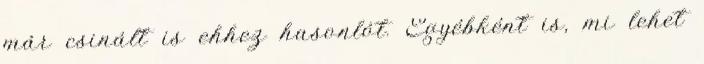
már csinált is ehhez hasonlót. Egyébként is, mi lehet